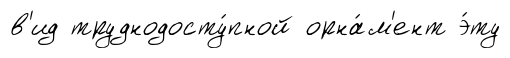
в'ид труднодосту́пной орна́м'ент э́ту